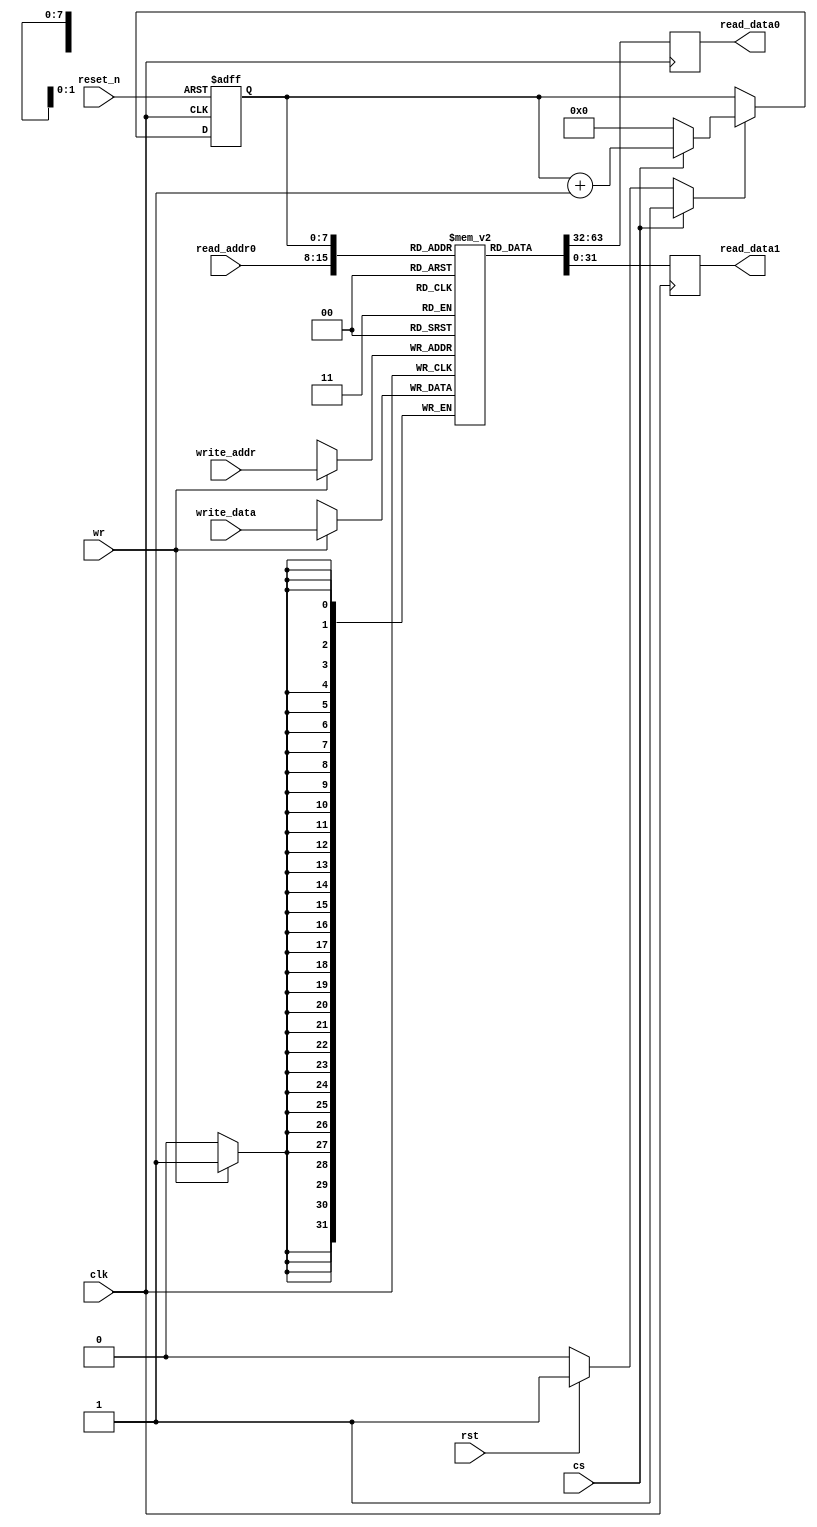
module blockmem2rptr1w(
                       input wire           clk,
                       input wire           reset_n,

                       input wire  [07 : 0] read_addr0,
                       output wire [31 : 0] read_data0,

                       output wire [31 : 0] read_data1,

                       input wire           rst,
                       input wire           cs,
                       input wire           wr,
                       input wire  [07 : 0] write_addr,
                       input wire  [31 : 0] write_data
                      );


  //----------------------------------------------------------------
  // Memories and regs including update variables and write enable.
  //----------------------------------------------------------------
  reg [31 : 0] mem [0 : 255];
  reg [31 : 0] tmp_read_data0;
  reg [31 : 0] tmp_read_data1;

  reg [7 : 0] ptr_reg;
  reg [7 : 0] ptr_new;
  reg         ptr_we;


  //----------------------------------------------------------------
  // Concurrent connectivity for ports etc.
  //----------------------------------------------------------------
  assign read_data0 = tmp_read_data0;
  assign read_data1 = tmp_read_data1;


  //----------------------------------------------------------------
  // mem_update
  //
  // Clocked update of memory This should cause
  // the memory to be implemented as a block memory.
  //----------------------------------------------------------------
  always @ (posedge clk)
    begin : mem_update
      if (wr)
        mem[write_addr] <= write_data;

      tmp_read_data0 <= mem[read_addr0];
      tmp_read_data1 <= mem[ptr_reg];
    end


  //----------------------------------------------------------------
  // reg_update
  //----------------------------------------------------------------
  always @ (posedge clk or negedge reset_n)
    begin : reg_mem_update
      if (!reset_n)
        ptr_reg <= 8'h00;

      else
        if (ptr_we)
          ptr_reg <= ptr_new;
    end


  //----------------------------------------------------------------
  // ptr_logic
  //----------------------------------------------------------------
  always @*
    begin : ptr_logic
      ptr_new = 8'h00;
      ptr_we  = 1'b0;

      if (rst)
        begin
          ptr_new = 8'h00;
          ptr_we  = 1'b1;
        end

      if (cs)
        begin
          ptr_new = ptr_reg + 1'b1;
          ptr_we  = 1'b1;
        end
    end

endmodule